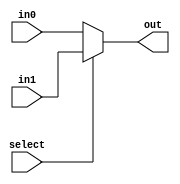
// =============================================================================
// Company      : University of Glasgow
// 
// Design Name  : 
// Module Name  : ui_add (Unsigned Integer Add)
// Project Name : TyTra
// Target Devices: Stratix V (D5/D8) 
//
// Tool versions: 
// Dependencies : 
//
// Revision     : 
// Revision 0.01. File Created
// 
// =============================================================================

// =============================================================================
// General Description
// -----------------------------------------------------------------------------
// A general purpose 2-way Mux Selector
// 
// NOTE: Output bit-width is same as inputs, and there is no overflow
// detection
//==============================================================================

module selectMux2
#(
// =============================================================================
// ** Parameters 
// =============================================================================
// Size of word (parent should over-write this if needeD)
  parameter N = 18 
)

(
// =============================================================================
// ** Ports 
// =============================================================================
  output  [N-1:0] out,
  input   [N-1:0] in0,
  input   [N-1:0] in1,
  input           select
);

// =============================================================================
// ** Procedures and assignments
// =============================================================================
assign out = select ? in1 : in0;
	
endmodule